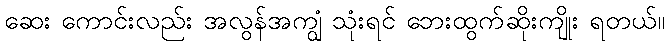
ဆေး ကောင်းလည်း အလွန်အကျွံ သုံးရင် ဘေးထွက်ဆိုးကျိုး ရတယ်။